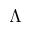
\Lambda